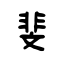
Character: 斐